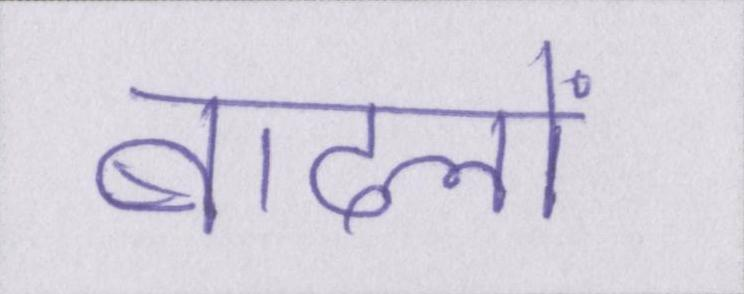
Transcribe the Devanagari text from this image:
बादलों